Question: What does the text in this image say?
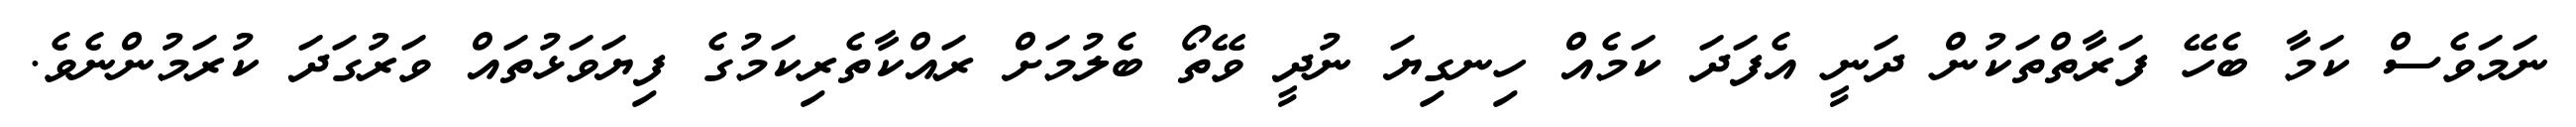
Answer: ނަމަވެސް ކަމާ ބެހޭ ފަރާތްތަކުން ދަނީ އެފަދަ ކަމެއް ހިނގިޔަ ނުދީ ވޭތޯ ބެލުމަށް ރައްކާތެރިކަމުގެ ފިޔަވަޅުތައް ވަރުގަދަ ކުރަމުންނެވެ.